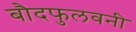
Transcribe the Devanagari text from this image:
बौदफुलवनी